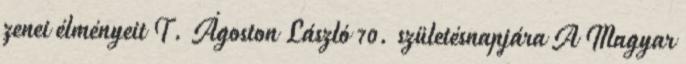
zenei élményeit T. Ágoston László 70. születésnapjára A Magyar